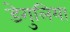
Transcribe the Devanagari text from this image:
डेगुलिया